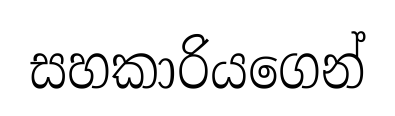
සහකාරියගෙන්